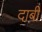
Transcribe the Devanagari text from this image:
दाबी